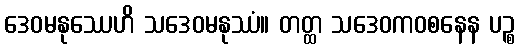
ဒေဝမနုဿေဟိ သဒေဝမနုဿံ။ တတ္ထ သဒေဝကဝစနေန ပဉ္စ